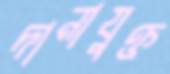
দানাযুক্ত